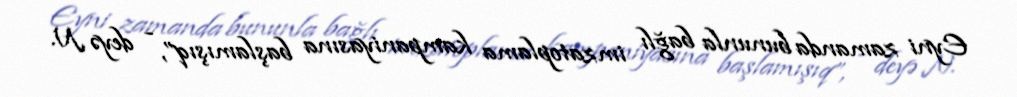
Eyni zamanda bununla bağlı imzatoplama kampaniyasına başlamışıq”, - deyə N.